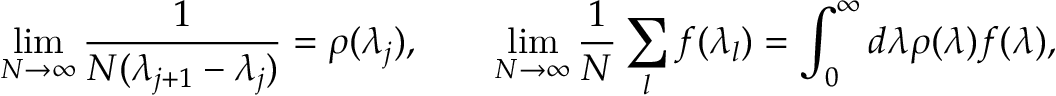
\operatorname* { l i m } _ { N \to \infty } \frac { 1 } { N ( \lambda _ { j + 1 } - \lambda _ { j } ) } = \rho ( \lambda _ { j } ) , \qquad \operatorname* { l i m } _ { N \to \infty } \frac { 1 } { N } \sum _ { l } f ( \lambda _ { l } ) = \int _ { 0 } ^ { \infty } d \lambda \rho ( \lambda ) f ( \lambda ) ,